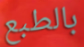
بالطبع